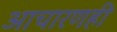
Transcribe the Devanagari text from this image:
आचारणही